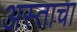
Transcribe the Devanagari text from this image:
अस्ताचा